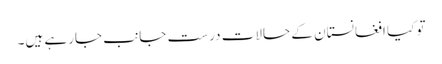
تو کیا افغانستان کے حالات درست جانب جارہے ہیں۔